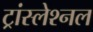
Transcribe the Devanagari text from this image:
ट्रांस्लेश्नल